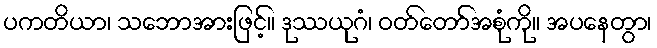
ပကတိယာ၊ သဘောအားဖြင့်။ ဒုဿယုဂံ၊ ဝတ်တော်အစုံကို။ အပနေတွာ၊